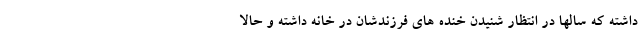
داشته که سالها در انتظار شنیدن خنده های فرزندشان در خانه داشته و حالا